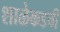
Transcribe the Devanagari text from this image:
शाळेकडची